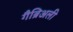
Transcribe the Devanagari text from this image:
गैब्रिअली